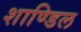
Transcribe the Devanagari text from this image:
शाण्डिल